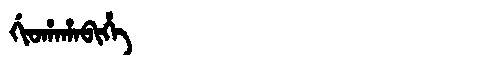
Manchu: ᡤᡳᠣᡥᠠᡥᠠᠪᡳᡥᡝ
Romanization: GIOHAHABIHE